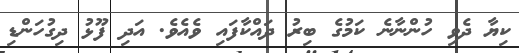
ކިޔާ ދެވި ހުންނާނެ ކަމުގެ ބިރު ދައްކާފައި ވެއެވެ. އަދި ފޫޅު ދިގުހަންޑި